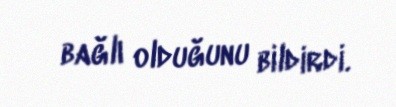
bağlı olduğunu bildirdi.